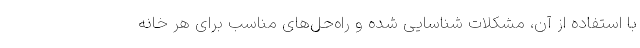
با استفاده از آن، مشکلات شناسایی شده و راه‌حل‌های مناسب برای هر خانه